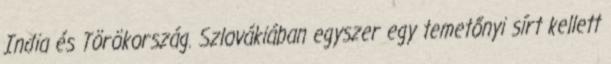
India és Törökország. Szlovákiában egyszer egy temetőnyi sírt kellett